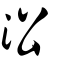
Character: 㳂